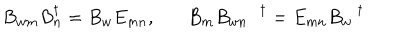
B _ { w m } B _ { n } ^ { \dagger } = B _ { w } E _ { m n } , B _ { m } B _ { w n } ^ { \dagger } = E _ { m n } B _ { w } ^ { \dagger }